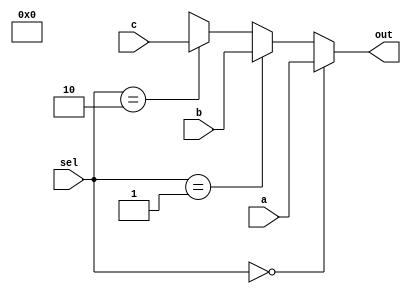
`timescale 1ns / 1ps
//////////////////////////////////////////////////////////////////////////////////
// Company: 
// Engineer: 
// 
// Design Name: 
// Module Name: Mux3_1
// Project Name: 
// Target Devices: 
// Tool Versions: 
// Description: 
// 
// Dependencies: 
// 
// Revision:
// Revision 0.01 - File Created
// Additional Comments:
// 
//////////////////////////////////////////////////////////////////////////////////


module Mux3_1(
    input [63:0] a, b, c,
    input [1:0] sel,
    output reg [63:0] out   
);

always @(*) begin
    if (sel == 2'b00) begin   
        out = a;
    end
    else if (sel == 2'b01) begin    
        out = b;
    end
    else if (sel == 2'b10) begin    
        out = c;
    end
    else 
    begin    
        out = 2'bX;
    end
end


endmodule